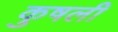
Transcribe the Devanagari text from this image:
कुषली